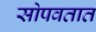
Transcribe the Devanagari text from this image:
सोपवतात